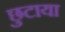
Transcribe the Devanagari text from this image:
छुटाया